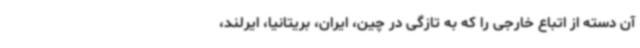
آن دسته از اتباع خارجی را که به تازگی در چین، ایران، بریتانیا، ایرلند،